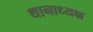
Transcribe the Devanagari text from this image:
थानाध्यक्ष